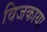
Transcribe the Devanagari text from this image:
विजकाया